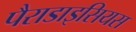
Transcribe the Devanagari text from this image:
पैराडाइसियस